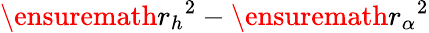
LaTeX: \ensuremath{r_{h}}^{2}-\ensuremath{r_{\alpha}}^{2}